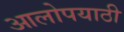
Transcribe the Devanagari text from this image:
आलोपयाठी